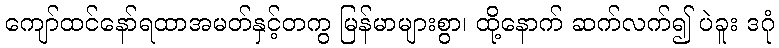
ကျော်ထင်နော်ရထာအမတ်နှင့်တကွ မြန်မာများစွာ၊ ထို့နောက် ဆက်လက်၍ ပဲခူး ဒဂုံ